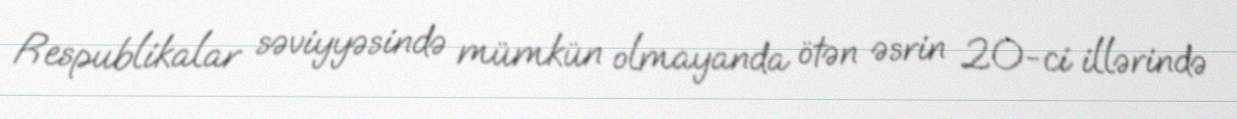
Respublikalar səviyyəsində mümkün olmayanda ötən əsrin 20-ci illərində